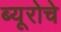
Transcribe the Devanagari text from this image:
ब्यूरोचे